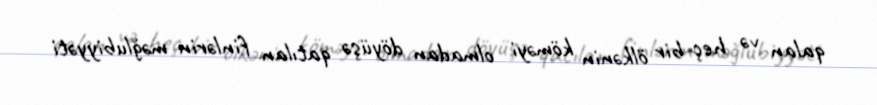
qalan və heç bir ölkənin köməyi olmadan döyüşə qatılan finlərin məğlubiyyəti